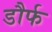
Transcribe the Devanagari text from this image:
डौर्फ